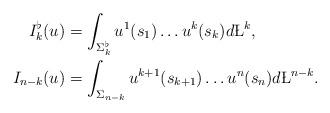
LaTeX: \begin{align*} I_k^\flat(u) &= \int_{\Sigma_{k}^\flat } u^ {1} (s_1)\dots u^k(s_k) d\L^k , \\ I_{n-k} (u) &= \int_{\Sigma_{n-k} } u^{k+1} (s_{k+1} )\dots u^{n}(s_n) d\L^{n-k}. \end{align*}